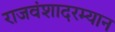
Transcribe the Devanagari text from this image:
राजवंशादरम्यान